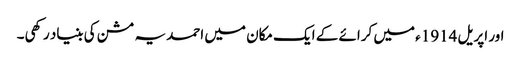
اور اپریل 1914ء میں کرائے کے ایک مکان میں احمدیہ مشن کی بنیاد رکھی۔